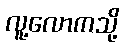
လူ့လောကသို့